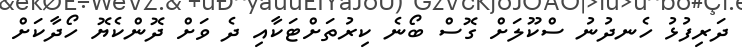
ދަރިފުޅު ހެނދުނު ސްކޫލަށް ގޮސް ބޯނެ ކިރުތަށްޓަކާއި ދެ ވަށް ދޮންކެޔޮ ހޯދާކަށް